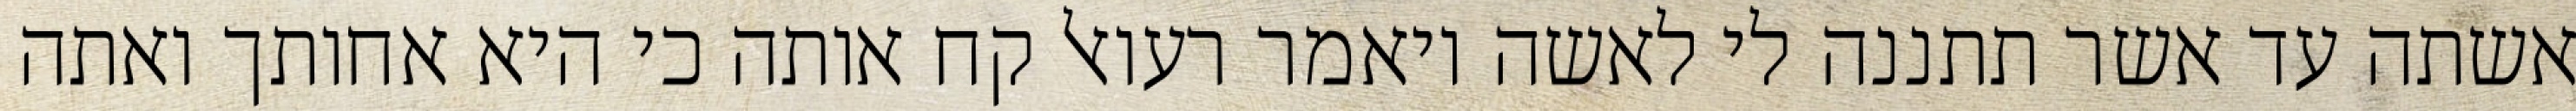
אשתה עד אשר תתננה לי לאשה ויאמר רעואל קח אותה כי היא אחותך ואתה